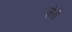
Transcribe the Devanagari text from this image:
ज़ेरो